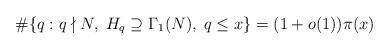
LaTeX: \begin{align*}\#\{q:q\nmid N,\;H_q\supseteq\Gamma_1(N),\;q\le x\}=(1+o(1))\pi(x)\end{align*}